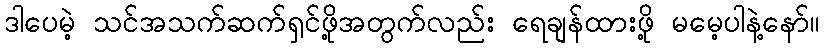
ဒါပေမဲ့ သင်အသက်ဆက်ရှင်ဖို့အတွက်လည်း ရေချန်ထားဖို့ မမေ့ပါနဲ့နော်။